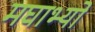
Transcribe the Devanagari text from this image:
मघाभ्यो